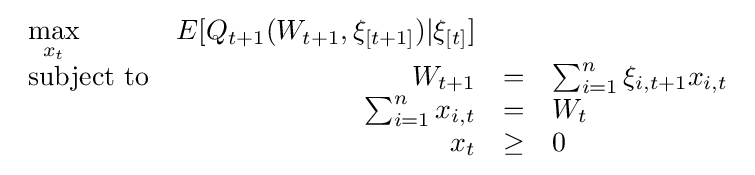
{\begin{array}{lrclr}\max \limits _{x_{t}}&E[Q_{t+1}(W_{t+1},\xi _{[t+1]})|\xi _{[t]}]&\\{\text{subject to}}&W_{t+1}&=&\sum _{i=1}^{n}\xi _{i,t+1}x_{i,t}\\&\sum _{i=1}^{n}x_{i,t}&=&W_{t}\\&x_{t}&\geq &0\end{array}}